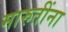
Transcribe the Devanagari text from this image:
मारुतींना